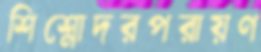
শিশ্নোদরপরায়ণ